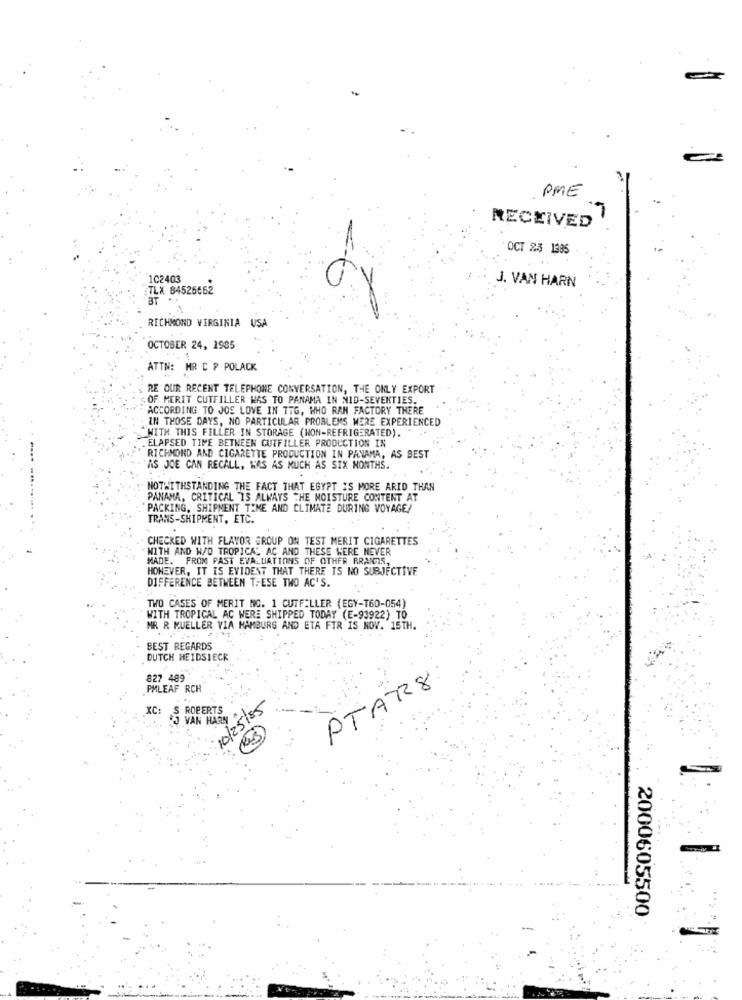
PME
RECEIVED
OCT 25 1335
..
102403
J. VAN HARN
TLX 84525662
RICHMOND VIRGINIA USA
OCTOBER 24, 1985
ATTN: MR C P POLACK
RE OUR RECENT TELEPHONE CONVERSATION, THE ONLY EXPORT
OF MERIT CUTFILLER WAS TO PANAMA IN MID-SEVENTIES.
ACCORDING TO JOS LOVE IN TTG, WHO RAN FACTORY THERE
IN THOSE DAYS, NO PARTICULAR PROBLEMS MERE EXPERIENCED
"WITH THIS FILLER IN STORAGE (NON-REFRIGERATED).
ELAPSED TIME BETWEEN CUTFILLER PRODUCTION IN
RICHMOND AND CIGARETTE PRODUCTION IN PANAMA, AS BEST
AS JOE CAN RECALL, KAS AS MUCH AS SIX MONTHS.
NOTWITHSTANDING THE FACT THAT EGYPT IS MORE ARID THAN
PANAMA, CRITICAL IS ALWAYS THE MOISTURE CONTENT AT
"PACKING, SHIPMENT TIME AND CLIMATE DURING VOYAGE!
TRANS-SHIPMENT, ETC.
CHECKED WITH FLAVOR GROUP ON TEST MERIT CIGARETTES
WITH AND W/D TROPICAL AC AND THESE WERE NEVER
MADE. FROM PAST EVALUATIONS OF OTHER BRANDS,
HOWEVER, IT IS EVIDENT THAT THERE IS NO SUBJECTIVE
DIFFERENCE BETWEEN THESE TWO AC'S.
TWO CASES OF MERIT NO. 1 CUTFILLER (EGY-T60-054)
WITH TROPICAL AC WERE SHIPPED TODAY (E-93922) TO
MR R MUELLER VIA HAMBURG AND ETA FIR IS NOV. 15TH.
BEST REGARDS
DUTCH HEIDSIECK
827 489
PTAR8
PMLEAF RCH
10/25/85
XC:
S ROBERTS
VAN HARN
2000605500